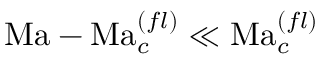
\mathrm { M a } - \mathrm { M a } _ { c } ^ { ( f l ) } \ll \mathrm { M a } _ { c } ^ { ( f l ) }